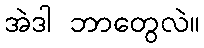
အဲဒါ ဘာတွေလဲ။